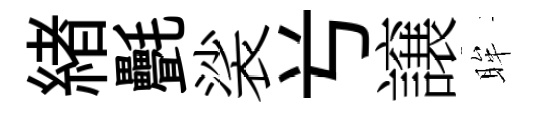
緖㲲裟𠔃譲眸